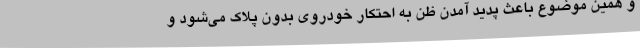
و همین موضوع باعث پدید آمدن ظن به احتکار خودروی بدون پلاک می‌شود و